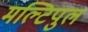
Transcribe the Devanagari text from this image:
मल्टिपुल